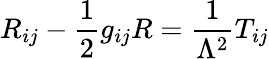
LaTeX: R_{ij}-{\frac{1}{2}}g_{ij}R={\frac{1}{\Lambda^{2}}}T_{ij}